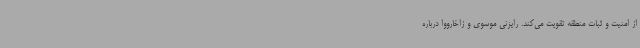
از امنیت و ثبات منطقه تقویت می‌کند. رایزنی موسوی و زاخارووا درباره